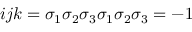
\begin{array} { r } { i j k = \sigma _ { 1 } \sigma _ { 2 } \sigma _ { 3 } \sigma _ { 1 } \sigma _ { 2 } \sigma _ { 3 } = - 1 } \end{array}